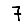
Digit: 7